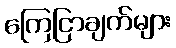
ကြေငြာချက်များ